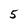
Character: 5